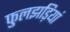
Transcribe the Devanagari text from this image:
फुलझड़ियां